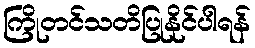
ကြိုတင်သတိပြုနိုင်ပါရန်